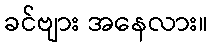
ခင်ဗျား အနေလား။